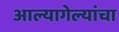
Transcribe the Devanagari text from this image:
आल्यागेल्यांचा